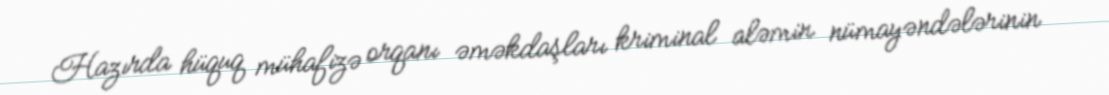
Hazırda hüquq mühafizə orqanı əməkdaşları kriminal aləmin nümayəndələrinin